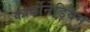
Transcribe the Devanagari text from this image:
कार्बोनेडियम